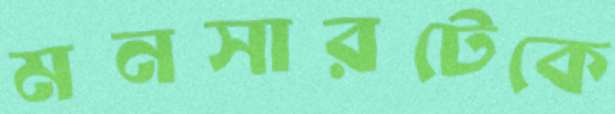
মনসারটেকে